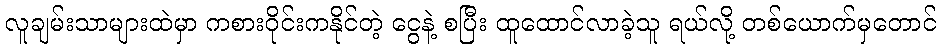
လူချမ်းသာများထဲမှာ ကစားဝိုင်းကနိုင်တဲ့ ငွေနဲ့ စပြီး ထူထောင်လာခဲ့သူ ရယ်လို့ တစ်ယောက်မှတောင်